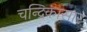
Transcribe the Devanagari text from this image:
चन्द्रिकासार